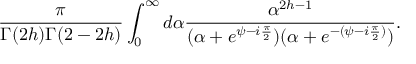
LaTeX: \frac { \pi } { \Gamma ( 2 h ) \Gamma ( 2 - 2 h ) } \int _ { 0 } ^ { \infty } d \alpha \frac { \alpha ^ { 2 h - 1 } } { ( \alpha + e ^ { \psi - i \frac { \pi } { 2 } } ) ( \alpha + e ^ { - ( \psi - i \frac { \pi } { 2 } ) } ) } .